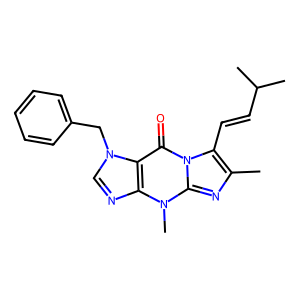
SMILES: Cc1nc2n(C)c3ncn(Cc4ccccc4)c3c(=O)n2c1C=CC(C)C
Inhibits HIV replication: No